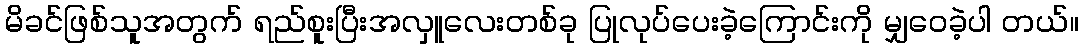
မိခင်ဖြစ်သူအတွက် ရည်စူးပြီးအလှူလေးတစ်ခု ပြုလုပ်ပေးခဲ့ကြောင်းကို မျှဝေခဲ့ပါ တယ်။